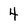
Character: 4